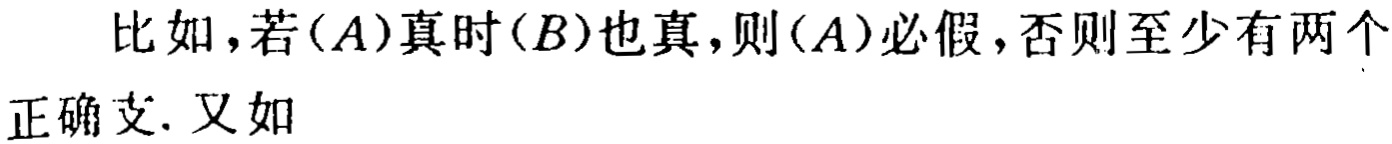
比如，若$(A)$真时$(B)$也真，则$(A)$必假，否则至少有两个正确支. 又如